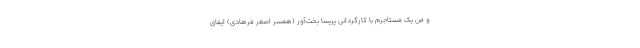
و من یک مستاجرم با کارگردانی پریسا بخت‌آور (همسر اصغر فرهادی) ایفای